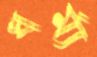
ধর্ম্য